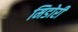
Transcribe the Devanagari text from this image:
मिडोरी